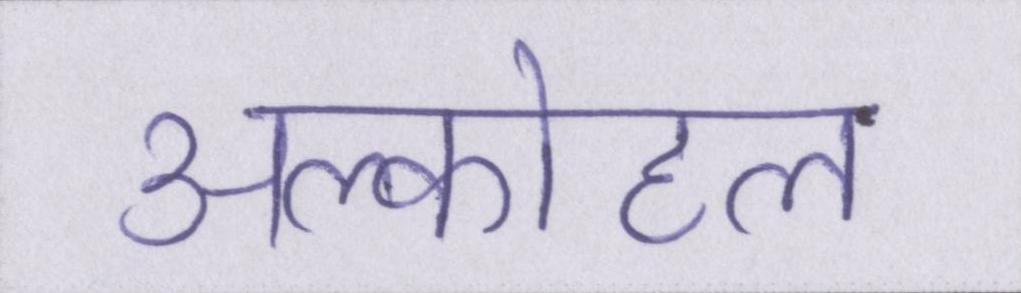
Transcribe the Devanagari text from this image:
अल्कोहल